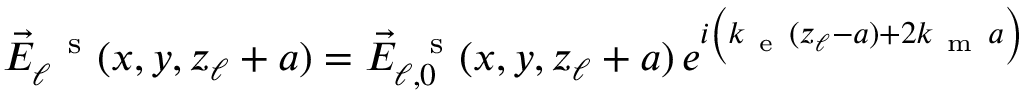
\begin{array} { r } { \vec { E } _ { \ell } ^ { \mathrm { ~ \, ~ s ~ } } ( x , y , z _ { \ell } + a ) = \vec { E } _ { \ell , 0 } ^ { \mathrm { ~ \, ~ s ~ } } ( x , y , z _ { \ell } + a ) \, e ^ { i \left( k _ { \mathrm { ~ e ~ } } ( z _ { \ell } - a ) + 2 k _ { \mathrm { ~ m ~ } } a \vphantom { b ^ { 2 } } \right) } } \end{array}